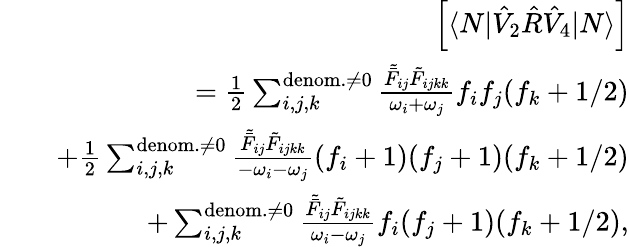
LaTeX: \begin{array}{rlr}&{}&{\left[\langle N|\hat{V}_{2}\hat{R}\hat{V}_{4}|N\rangle\right]}\\ &{}&{=\frac{1}{2}\sum_{i,j,k}^{{\mathrm{denom.}\neq 0}}\frac{\tilde{\bar{F}}_{ij}\tilde{F}_{ijkk}}{\omega_{i}+\omega_{j}}f_{i}f_{j}(f_{k}+1/2)}\\ &{}&{+\frac{1}{2}\sum_{i,j,k}^{{\mathrm{denom.}\neq 0}}\frac{\tilde{\bar{F}}_{ij}\tilde{{F}}_{ijkk}}{-\omega_{i}-\omega_{j}}(f_{i}+1)(f_{j}+1)(f_{k}+1/2)}\\ &{}&{+\sum_{i,j,k}^{{\mathrm{denom.}\neq 0}}\frac{\tilde{\bar{F}}_{ij}\tilde{F}_{ijkk}}{\omega_{i}-\omega_{j}}f_{i}(f_{j}+1)(f_{k}+1/2),}\end{array}